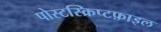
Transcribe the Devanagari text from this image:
पोस्टस्क्रिप्टफ़ाइल